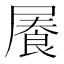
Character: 𡳋